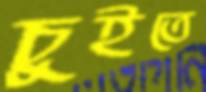
চুইতে